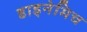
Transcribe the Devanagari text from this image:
डाइनेमिच